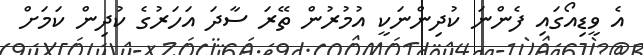
އެ ވީޑިއޯގައި ފެންނަ ކުދިންނަކީ އުމުރުން ތޭރަ ސާދަ އަހަރުގެ ކުދިން ކަަމަށް